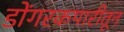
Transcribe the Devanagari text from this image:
डोंगरकपारीतून